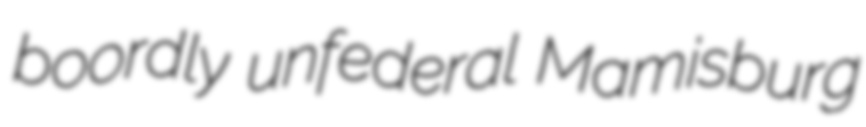
boordly unfederal Mamisburg